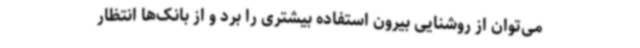
می‌توان از روشنایی بیرون استفاده بیشتری را برد و از بانک‌ها انتظار